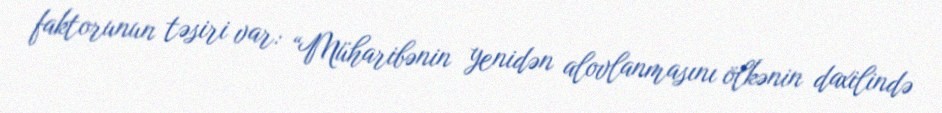
faktorunun təsiri var: “Müharibənin yenidən alovlanmasını ölkənin daxilində